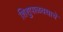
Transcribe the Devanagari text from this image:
शिशुपाळवधाचे